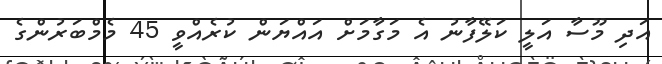
އަދި މޫސާ އަލީ ކަލޭފާނު އެ މަގާމަށް އައްޔަން ކުރެއްވީ 45 މެމްބަރުންގެ